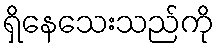
ရှိနေသေးသည်ကို